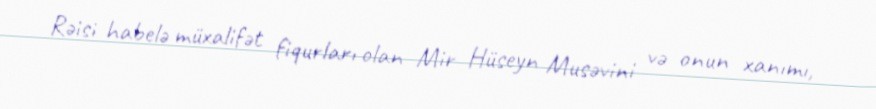
Rəisi habelə müxalifət fiqurları olan Mir Hüseyn Musəvini və onun xanımı,